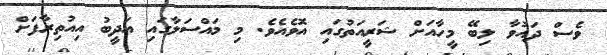
ވެސް ދައުވާ ލިބޭ މީހާއަށް ޝަރީއަތުގައި އޮވެއެވެ. މި މައްސަލާގައި އަދީބު އިއުތިރާފަށް